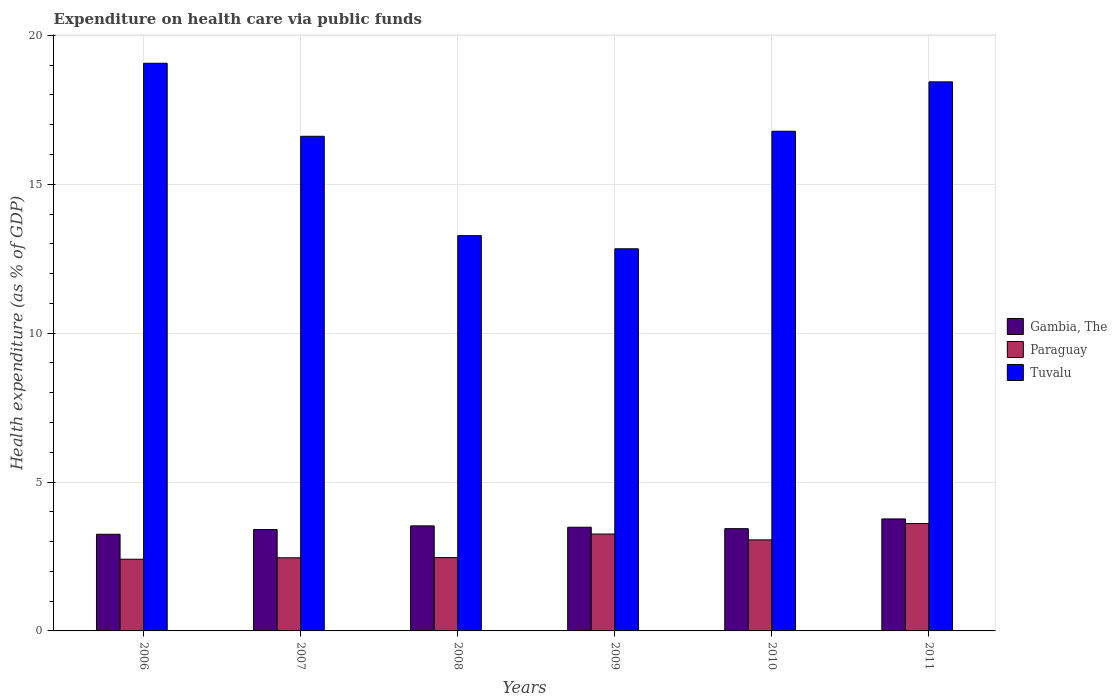
| Years | Gambia, The | Paraguay | Tuvalu |
 | --- | --- | --- | --- |
 | 2006 | 3.25 | 2.41 | 19.1 |
 | 2007 | 3.4 | 2.46 | 16.6 |
 | 2008 | 3.53 | 2.46 | 13.3 |
 | 2009 | 3.48 | 3.25 | 12.8 |
 | 2010 | 3.43 | 3.06 | 16.8 |
 | 2011 | 3.76 | 3.61 | 18.4 |